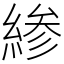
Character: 𫃰